Indian journal of veterinary science and animal husbandry - Volume 3,
Year: 1933
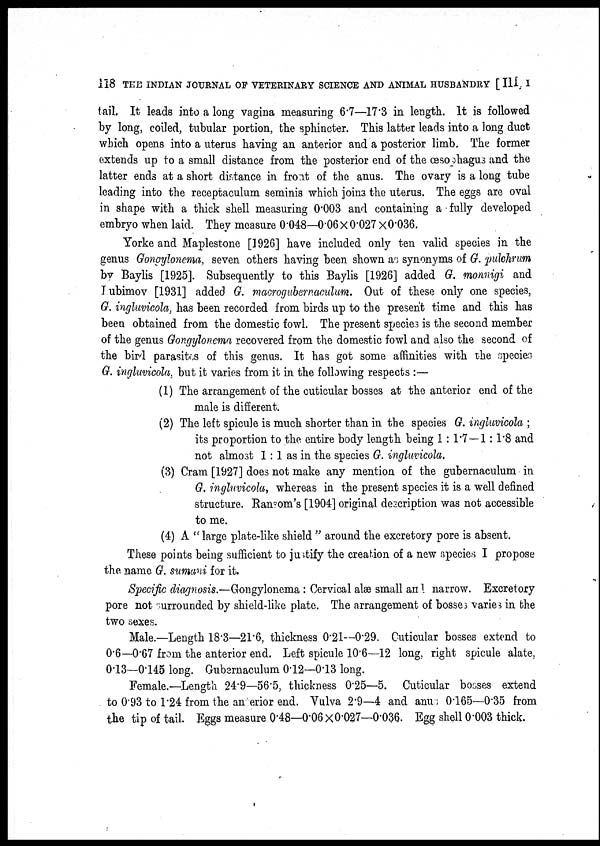
118 THE INDIAN JOURNAL OF VETERINARY SCIENCE AND ANIMAL HUSBANDRY [ III, I
tail. It leads into a long vagina measuring 6.7—17.3 in length. It is followed
by long, coiled, tubular portion, the sphincter. This latter leads into a long duct
which opens into a uterus having an anterior and a posterior limb. The former
extends up to a small distance from the posterior end of the œsophagus and the
latter ends at a short distance in front of the anus. The ovary is a long tube
leading into the receptaculum seminis which joins the uterus. The eggs are oval
in shape with a thick shell measuring 0.003 and containing a fully developed
embryo when laid. They measure 0.048—0.06 × 0.027 ×0.036.
Yorke and Maplestone [1926] have included only ten valid species in the
genus Gongylonema, seven others having been shown as synonyms of G. pulchrum
by Baylis [1925]. Subsequently to this Baylis [1926] added G. monnigi and
Lubimov [1931] added G. macrogubernaculum. Out of these only one species,
G. ingluvicola, has been recorded from birds up to the present time and this has
been obtained from the domestic fowl. The present species is the second member
of the genus Gongylonema recovered from the domestic fowl and also the second of
the bird parasites of this genus. It has got some affinities with the species
G. ingluvicola, but it varies from it in the following respects :—
(1) The arrangement of the cuticular bosses at the anterior end of the
male is different.
(2) The left spicule is much shorter than in the species G. ingluvicola ;
its proportion to the entire body length being 1: 1.7—1: 1.8 and
not almost 1 : 1 as in the species G. ingluvicola.
(3) Cram [1927] does not make any mention of the gubernaculum in
G. ingluvicola, whereas in the present species it is a well defined
structure. Ransom's [1904] original description was not accessible
to me.
(4) A " large plate-like shield " around the excretory pore is absent.
These points being sufficient to justify the creation of a new species I propose
the name G. sumani for it.
Specific diagnosis.—Gongylonema : Cervical alæ small an 1 narrow. Excretory
pore not surrounded by shield-like plate. The arrangement of bosses varies in the
two sexes.
Male.—Length 18.3—21.6, thickness 0.21—0.29. Cuticular bosses extend to
0.6—0.67 from the anterior end. Left spicule 10.6—12 long, right spicule alate,
0.13—0.145 long. Gubernaculum 0.12—0.13 long.
Female.—Length 24.9—56.5, thickness 0.25—5. Cuticular bosses extend
to 0.93 to 1.24 from the anterior end. Vulva 2.9—4 and anus 0.165—0.35 from
the tip of tail. Eggs measure 0.48—0.06 × 0.027—0.036. Egg shell 0.003 thick.